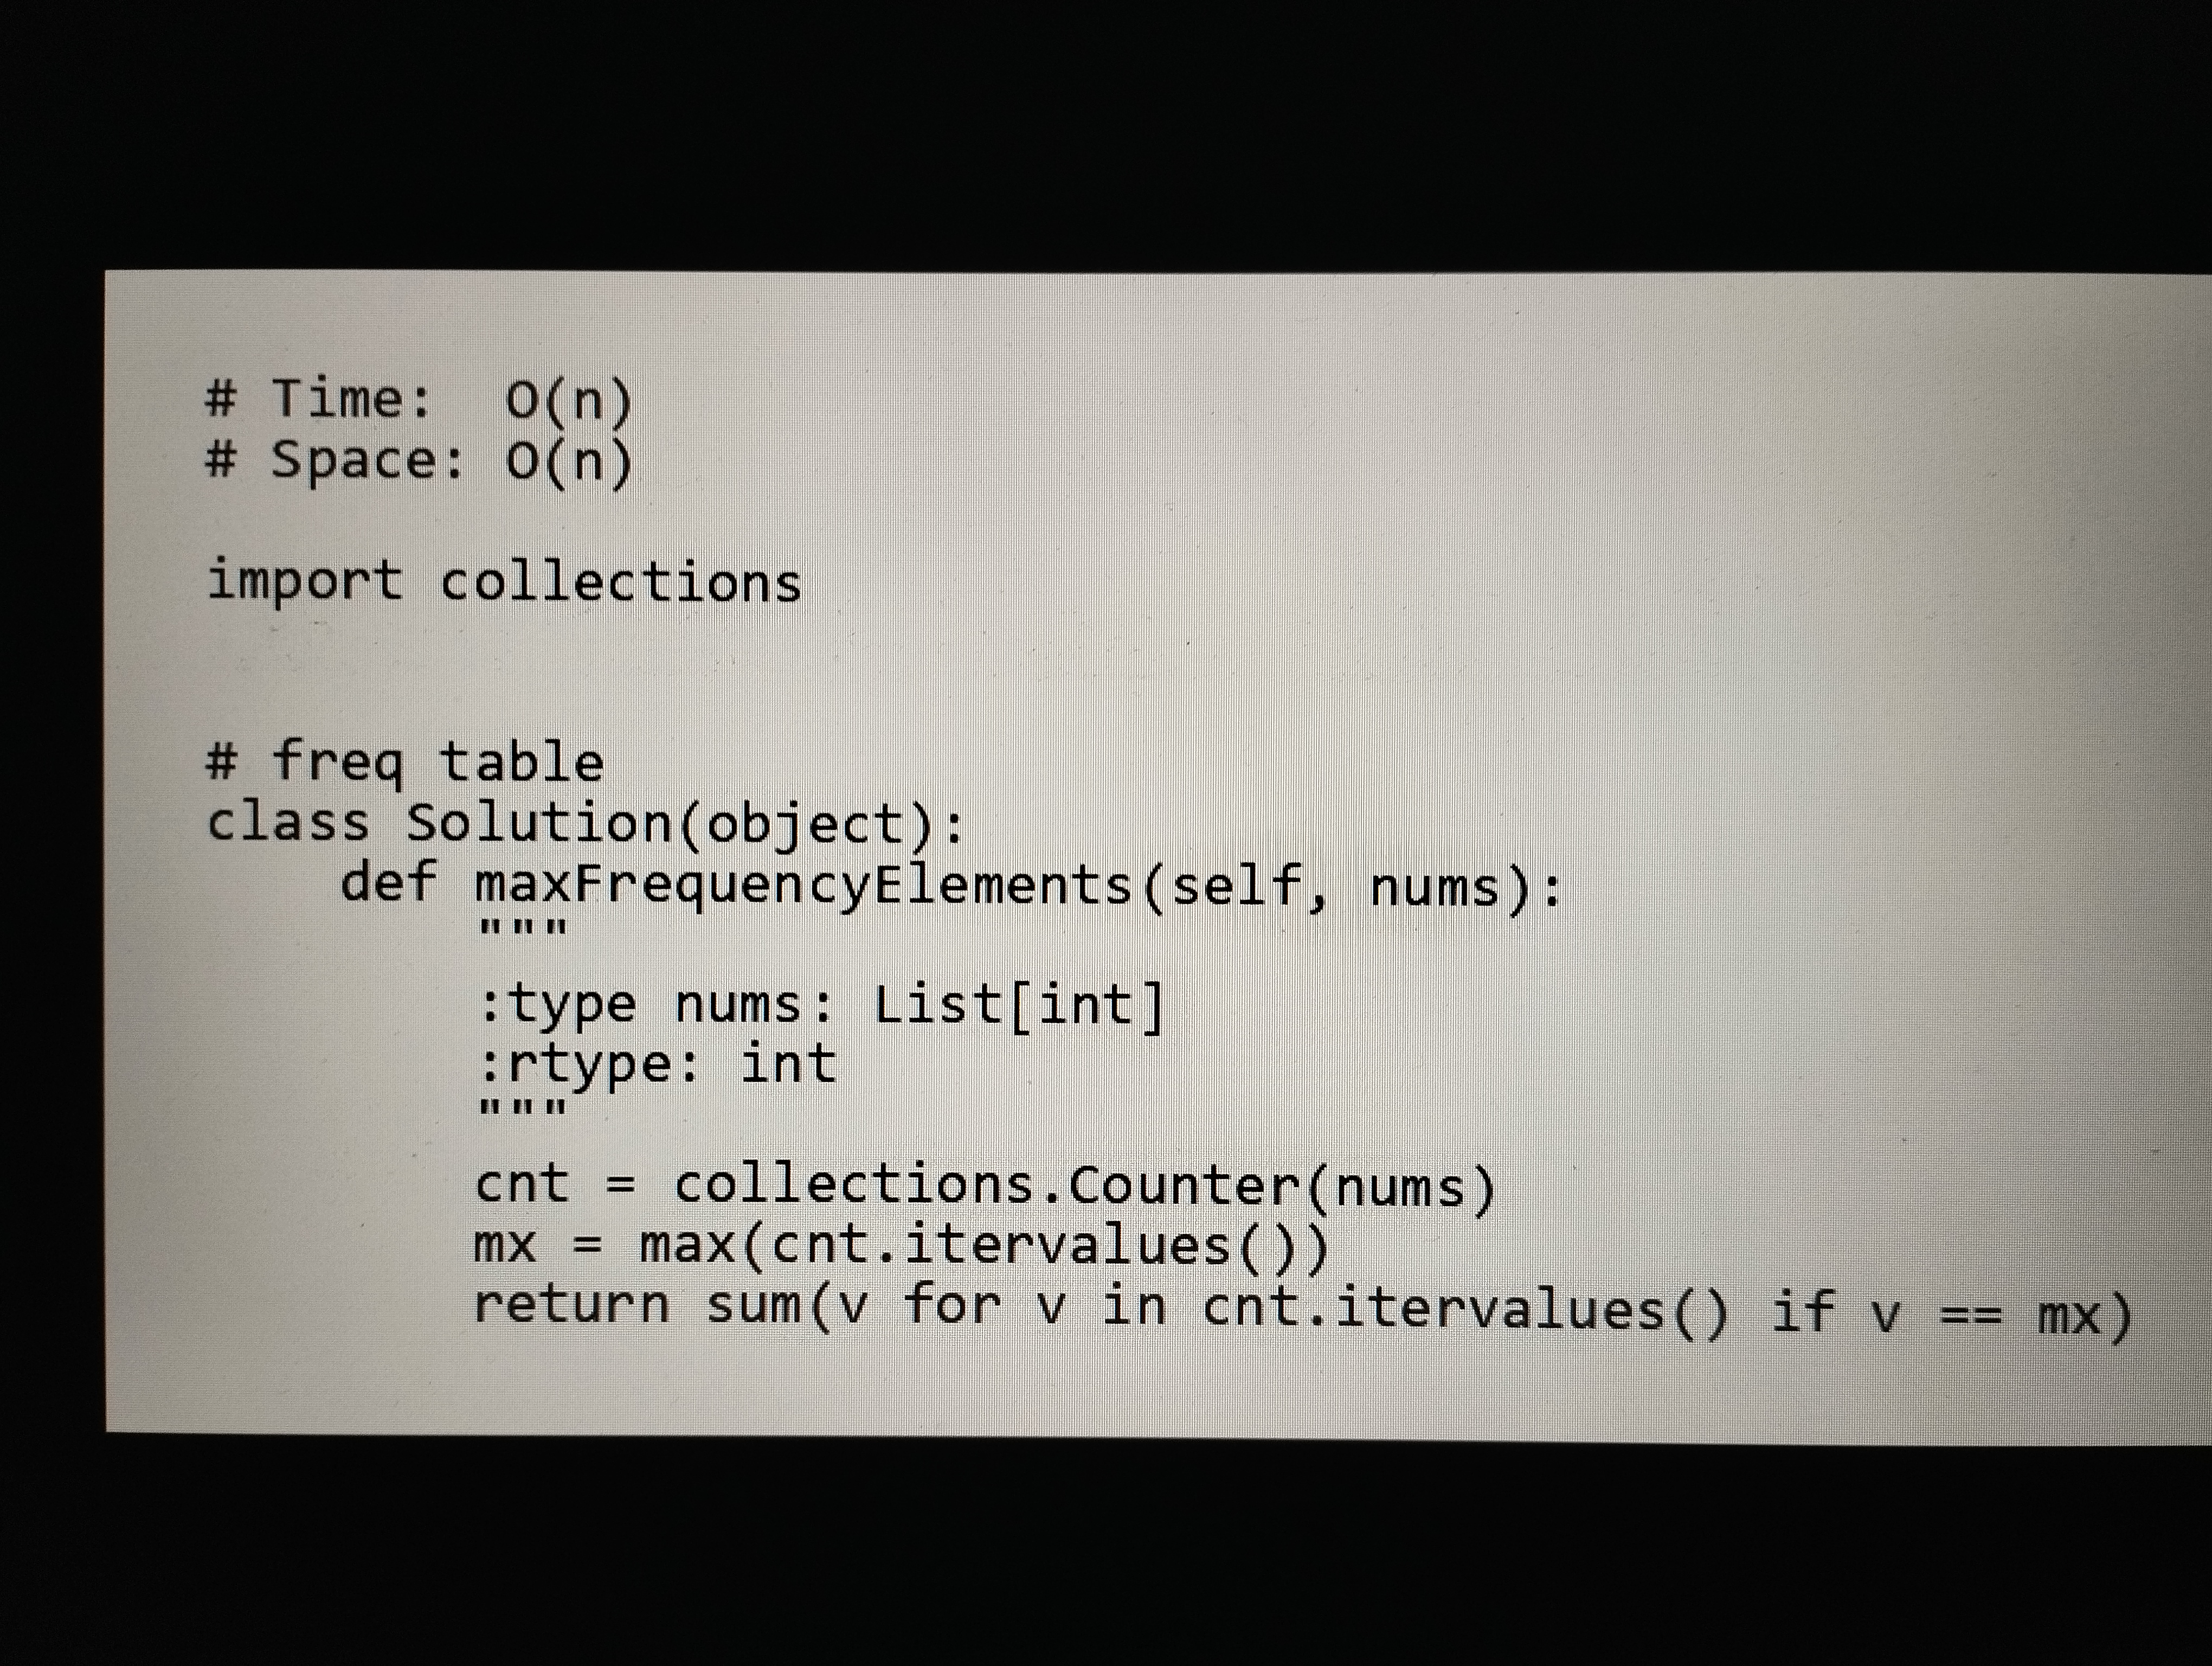
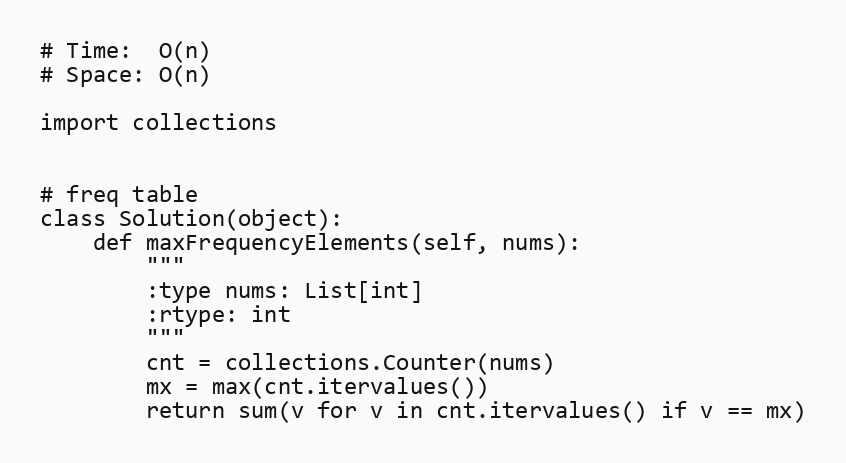
# Time:  O(n)
# Space: O(n)

import collections

# freq table
class Solution(object):
    def maxFrequencyElements(self, nums):
        """
        :type nums: List[int]
        :rtype: int
        """
        cnt = collections.Counter(nums)
        mx = max(cnt.itervalues())
        return sum(v for v in cnt.itervalues() if v == mx)